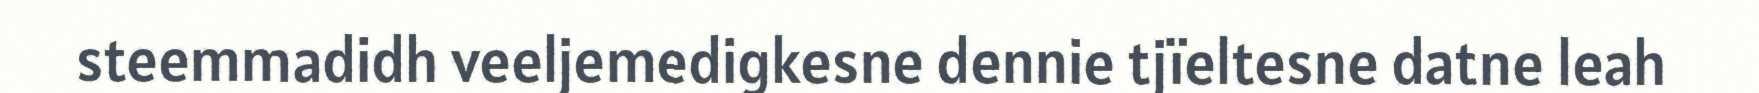
steemmadidh veeljemedigkesne dennie tjïeltesne datne leah